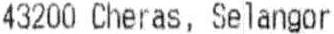
43200 CHERAS, SELANGOR